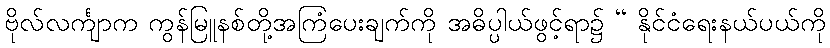
ဗိုလ်လင်္ကျာက ကွန်မြူနစ်တို့အကြံပေးချက်ကို အဓိပ္ပါယ်ဖွင့်ရာ၌ “ နိုင်ငံရေးနယ်ပယ်ကို